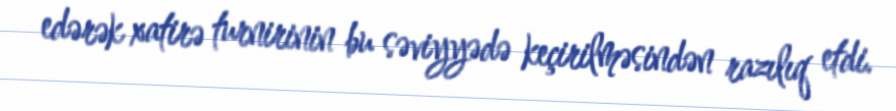
edərək xatirə turnirinin bu səviyyədə keçirilməsindən razılıq etdi.